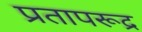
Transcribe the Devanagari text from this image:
प्रतापरूद्र